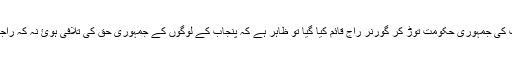
جب پنجاب کی جمہوری حکومت توڑ کر گورنر راج قائم کیا گیا تو ظاہر ہے کہ پنجاب کے لوگوں کے جمہوری حق کی تلافی ہوئ نہ کہ راجھستان کی۔